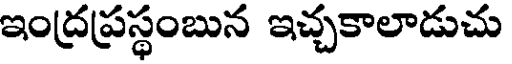
ఇంద్రప్రస్థంబున ఇచ్చకాలాడుచు